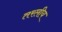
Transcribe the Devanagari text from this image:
तरलीय